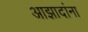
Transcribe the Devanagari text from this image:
आझादांना